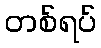
တစ်ရပ်